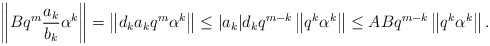
\begin{align*} \left\Vert Bq^{m}\frac{a_{k}}{b_{k}}\alpha^{k}\right\Vert=\left\Vert d_{k}a_{k}q^{m}\alpha^{k}\right\Vert \leq \vert a_{k}\vert d_{k}q^{m-k}\left\Vert q^{k}\alpha^{k}\right\Vert\leq ABq^{m-k}\left\Vert q^{k}\alpha^{k}\right\Vert.\end{align*}